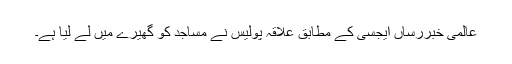
عالمی خبررساں ایجسی کے مطابق علاقہ پولیس نے مساجد کو گھیرے میں لے لیا ہے۔